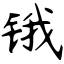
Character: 锇